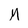
Character: M